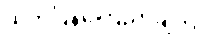
ထုတ်ပြန်ကြေညာချက်